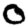
Digit: 0